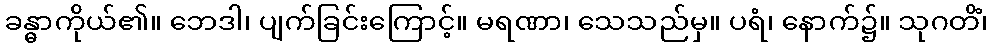
ခန္ဓာကိုယ်၏။ ဘေဒါ၊ ပျက်ခြင်းကြောင့်။ မရဏာ၊ သေသည်မှ။ ပရံ၊ နောက်၌။ သုဂတိံ၊